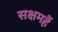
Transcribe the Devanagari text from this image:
सक्षमहैं